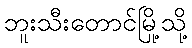
ဘူးသီးတောင်မြို့သို့